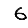
Digit: 6